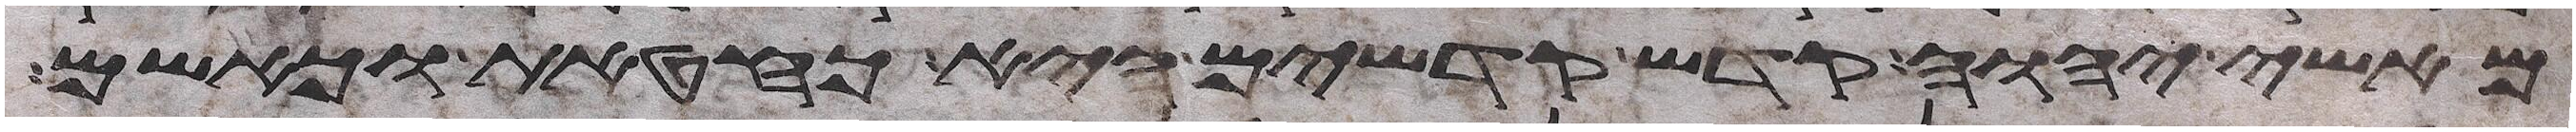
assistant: מאשי יהוה קדש קדשים היא כחטאת כאשם